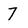
Character: 7